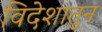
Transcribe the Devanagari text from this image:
विदेशातुन